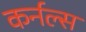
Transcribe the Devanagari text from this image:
कर्नल्‍स